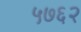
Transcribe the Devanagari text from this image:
५७६२